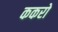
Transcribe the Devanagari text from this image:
ककरो